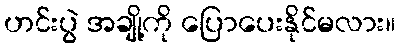
ဟင်းပွဲ အချို့ကို ပြောပေးနိုင်မလား။